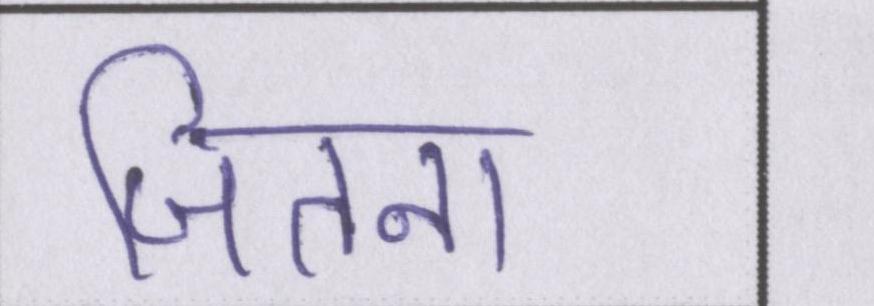
जितना